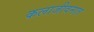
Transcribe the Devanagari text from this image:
कलाजीवनात